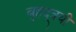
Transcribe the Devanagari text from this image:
बृहद्त्रयी